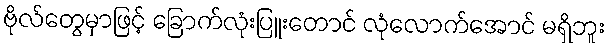
ဗိုလ်တွေမှာဖြင့် ခြောက်လုံးပြူးတောင် လုံလောက်အောင် မရှိဘူး